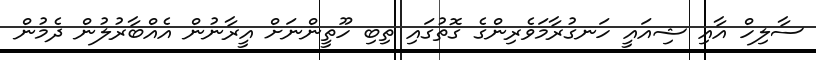
ސާލިހް އާއި ޝިއައީ ހަނގުރާމަވެރިންގެ ގޮތުގައި ތިބި ހޫތީންނަށް އީރާނުން އެއްބާރުލުން ދެމުން